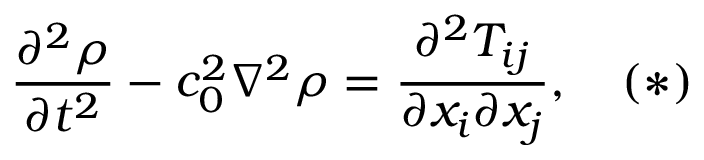
{ \frac { \partial ^ { 2 } \rho } { \partial t ^ { 2 } } } - c _ { 0 } ^ { 2 } \nabla ^ { 2 } \rho = { \frac { \partial ^ { 2 } T _ { i j } } { \partial x _ { i } \partial x _ { j } } } , \quad ( * )